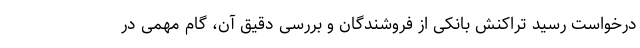
درخواست رسید تراکنش بانکی از فروشندگان و بررسی دقیق آن، گام مهمی در